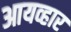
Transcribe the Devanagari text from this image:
आयव्हार